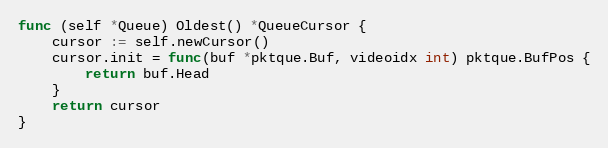
Language: Go
func (self *Queue) Oldest() *QueueCursor {
	cursor := self.newCursor()
	cursor.init = func(buf *pktque.Buf, videoidx int) pktque.BufPos {
		return buf.Head
	}
	return cursor
}